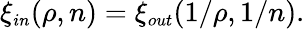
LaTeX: \xi_{\small in}(\rho,n)=\xi_{\small out}(1/\rho,1/n).